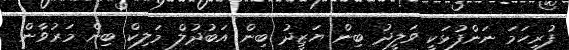
ފުރިހަމަ ނަންފުޅަކީ ވަލީދު ބިން ޔަޒީދު ބިން އަބުދުލް މަލިކް ބިން މަރުވާން